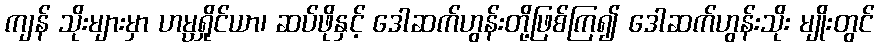
ကျန် သိုးများမှာ ဟမ္ပရှိုင်ယာ၊ ဆပ်ဖိုနှင့် ဒေါဆက်ဟွန်းတို့ဖြစ်ကြ၍ ဒေါဆက်ဟွန်းသိုး မျိုးတွင်